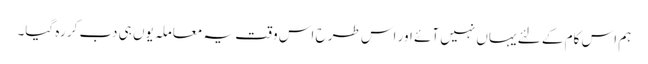
ہم اس کام کے لئے یہاں نہیں آئے اور اس طرح اس وقت یہ معاملہ یوں ہی دب کر رہ گیا۔